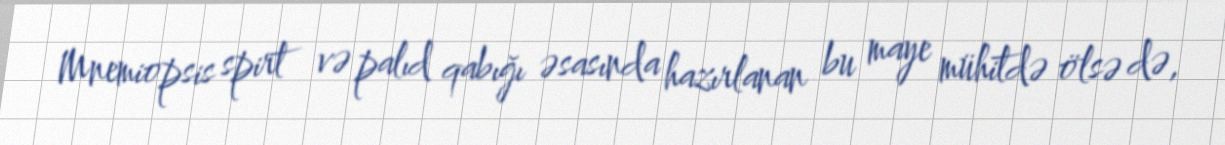
Mnemiopsis spirt və palıd qabığı əsasında hazırlanan bu maye mühitdə ölsə də,